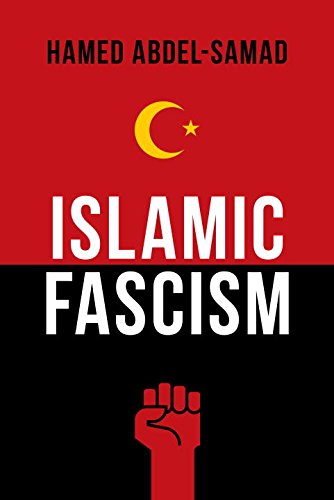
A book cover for Islamic Fascism; Hamed Abdel-Samad; Religion & Spirituality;